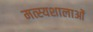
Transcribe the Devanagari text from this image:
मत्स्यशालाओं